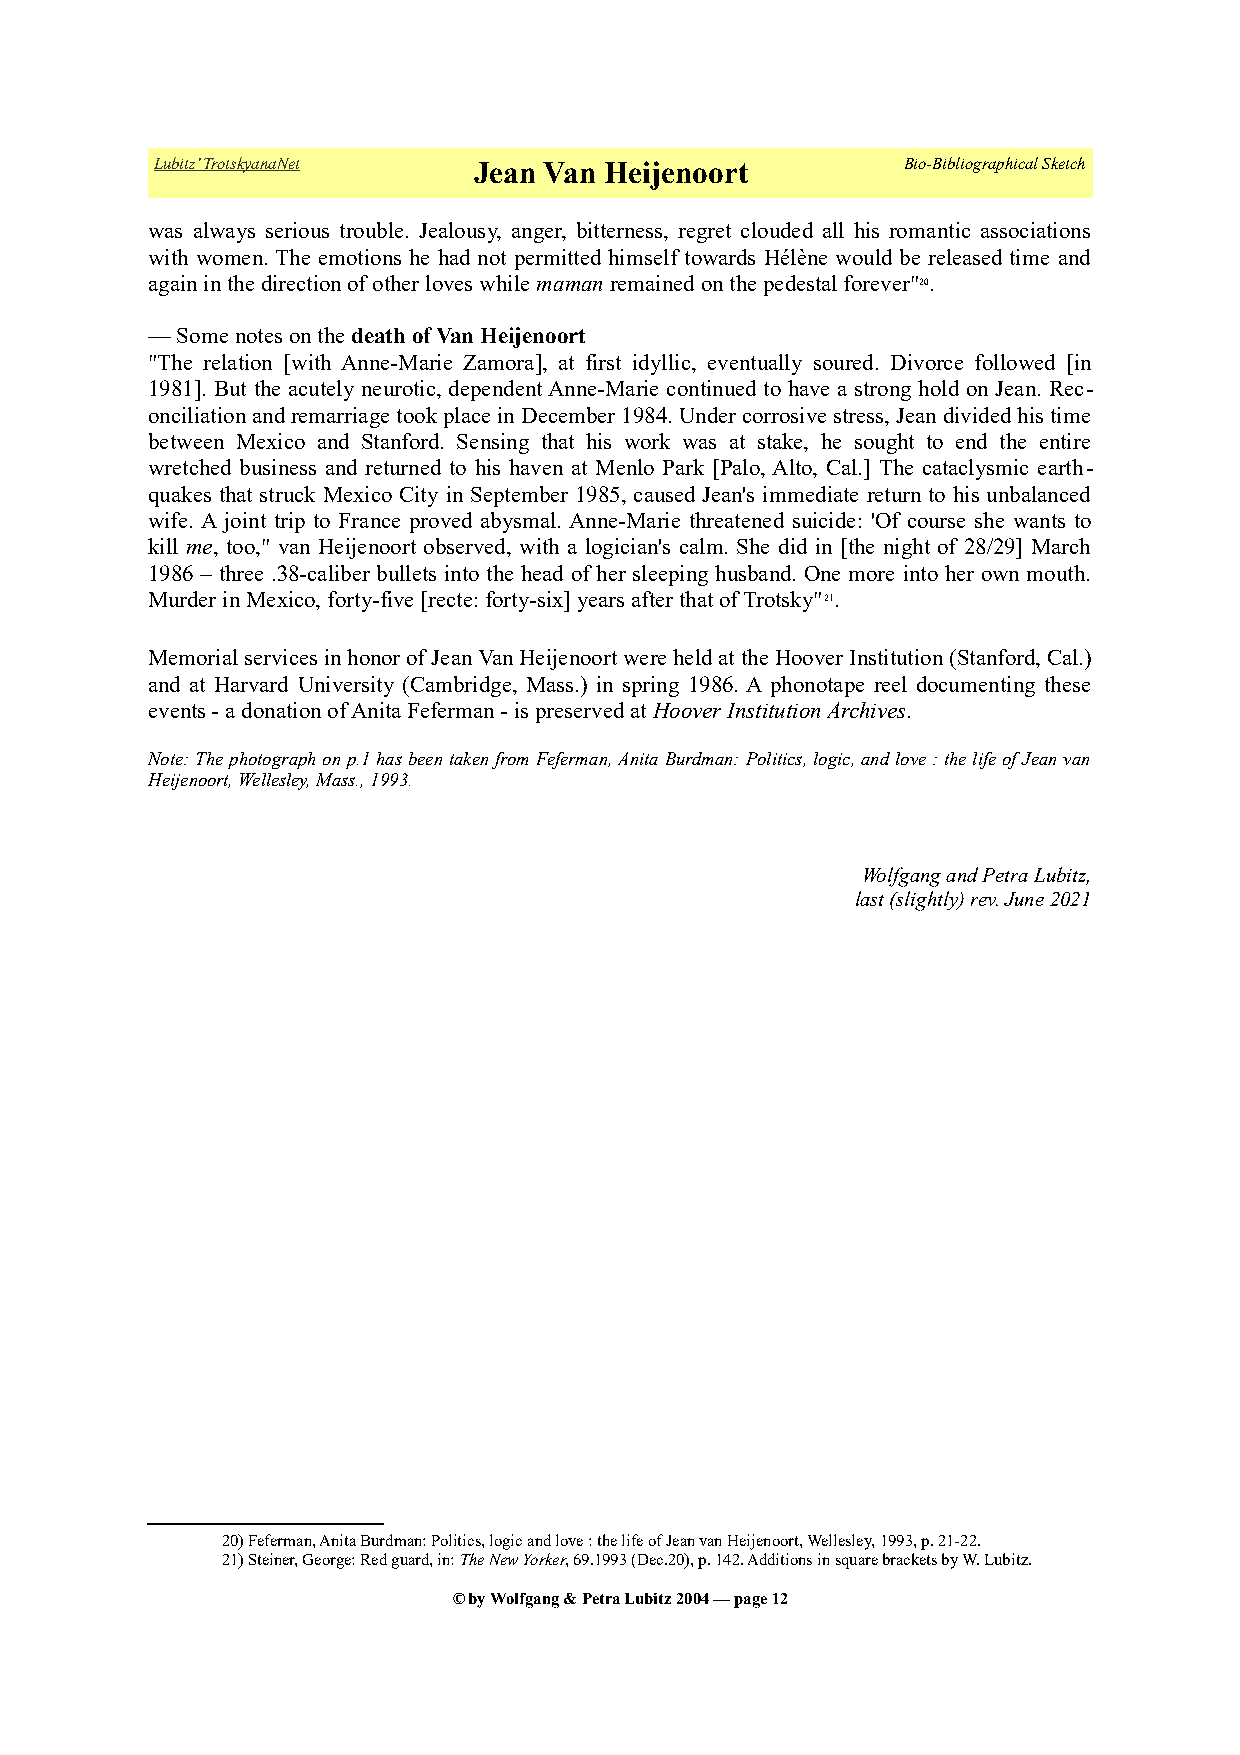
Lubitz’ TrotskyanaNet Jean Van Heijenoort         Bio-Bibliographical Sketch
 was always serious trouble. Jealousy, anger, bitterness, regret clouded all his romantic associations
 with women. The emotions he had not permitted himself towards Hélène would be released time and
 again in the direction of other loves while maman remained on the pedestal forever"20.
 — Some notes on the death of Van Heijenoort
 "The relation [with Anne-Marie Zamora], at first idyllic, eventually soured. Divorce followed [in
 1981]. But the acutely neurotic, dependent Anne-Marie continued to have a strong hold on Jean. Rec-
 onciliation and remarriage took place in December 1984. Under corrosive stress, Jean divided his time
 between Mexico and Stanford. Sensing that his work was at stake, he sought to end the entire
 wretched business and returned to his haven at Menlo Park [Palo, Alto, Cal.] The cataclysmic earth-
 quakes that struck Mexico City in September 1985, caused Jean's immediate return to his unbalanced
 wife. A joint trip to France proved abysmal. Anne-Marie threatened suicide: 'Of course she wants to
 kill me, too," van Heijenoort observed, with a logician's calm. She did in [the night of 28/29] March
 1986 – three .38-caliber bullets into the head of her sleeping husband. One more into her own mouth.
 Murder in Mexico, forty-five [recte: forty-six] years after that of Trotsky"21.
 Memorial services in honor of Jean Van Heijenoort were held at the Hoover Institution (Stanford, Cal.)
 and at Harvard University (Cambridge, Mass.) in spring 1986. A phonotape reel documenting these
 events - a donation of Anita Feferman - is preserved at Hoover Institution Archives.
 Note: The photograph on p.1 has been taken from Feferman, Anita Burdman: Politics, logic, and love : the life of Jean van
 Heijenoort, Wellesley, Mass., 1993.
 Wolfgang and Petra Lubitz,
 last (slightly) rev. June 2021
 20) Feferman, Anita Burdman: Politics, logic and love : the life of Jean van Heijenoort, Wellesley, 1993, p. 21-22.
 21) Steiner, George: Red guard, in: The New Yorker, 69.1993 (Dec.20), p. 142. Additions in square brackets by W. Lubitz.
 © by Wolfgang & Petra Lubitz 2004 — page 12